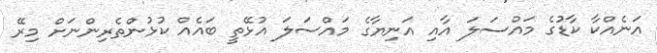
އަނެއްކާ ކާޑުގެ މައްސަލަ އާއި އަނިޔާގެ މައްސަލަ އުޅޭތީ ބައެއް ކުޅުންތެރިންނަށް މިރޭ